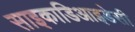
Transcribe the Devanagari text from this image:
साइकाडिआइडेसी